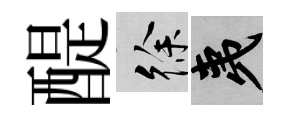
醍徐夷